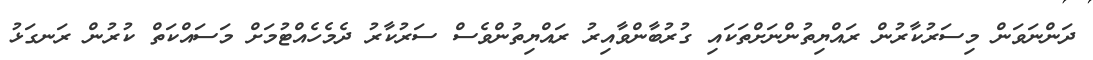
ދަންނަވަން މިސަރުކާރުން ރައްޔިތުންނަށްތަކައި ގުރުބާންވާއިރު ރައްޔިތުންވެސް ސަރުކާރު ދެމެހެއްޓުމަށް މަސައްކަތް ކުރުން ރަނގަޅު